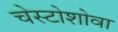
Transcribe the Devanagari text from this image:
चेस्टोशोवा